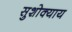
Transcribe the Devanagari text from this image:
सुशोक्याय